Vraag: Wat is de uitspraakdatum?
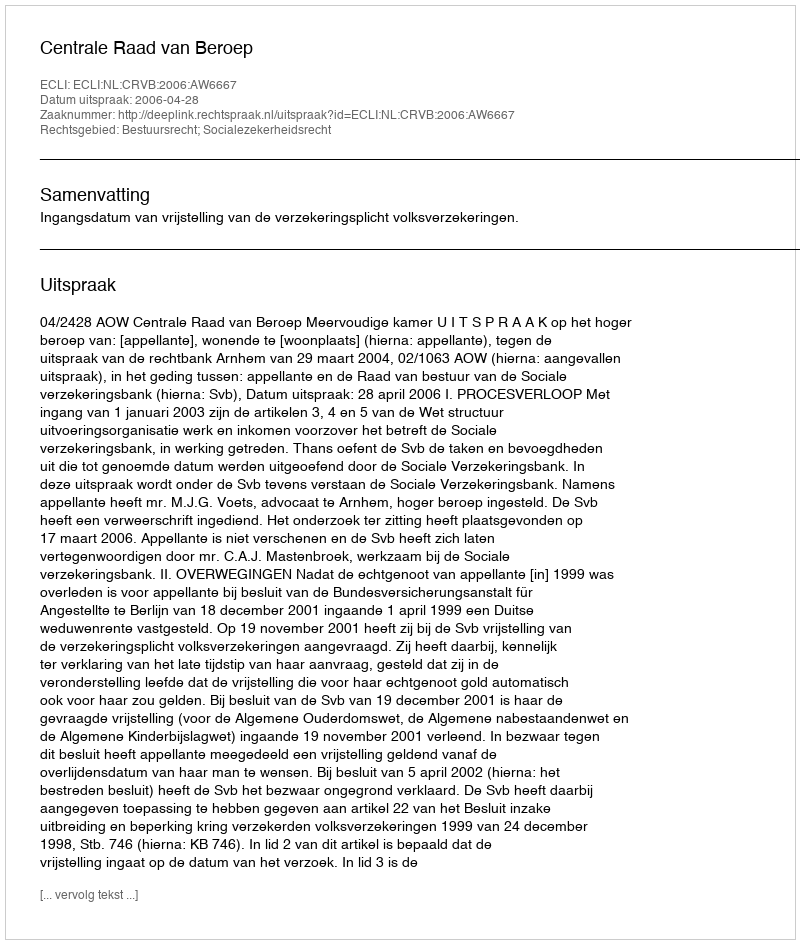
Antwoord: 2006-04-28